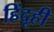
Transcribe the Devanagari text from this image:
हिंदूही